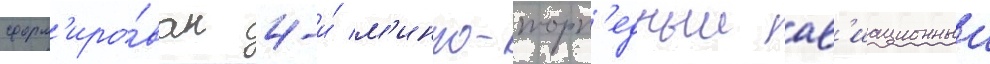
сформ'иро́ван 4-и́ м'инно-торп'едныи ав'иационныи